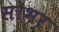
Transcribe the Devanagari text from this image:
सोभर